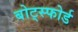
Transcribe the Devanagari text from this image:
बोट्स्फोर्ड